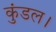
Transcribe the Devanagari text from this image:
कुंडल।